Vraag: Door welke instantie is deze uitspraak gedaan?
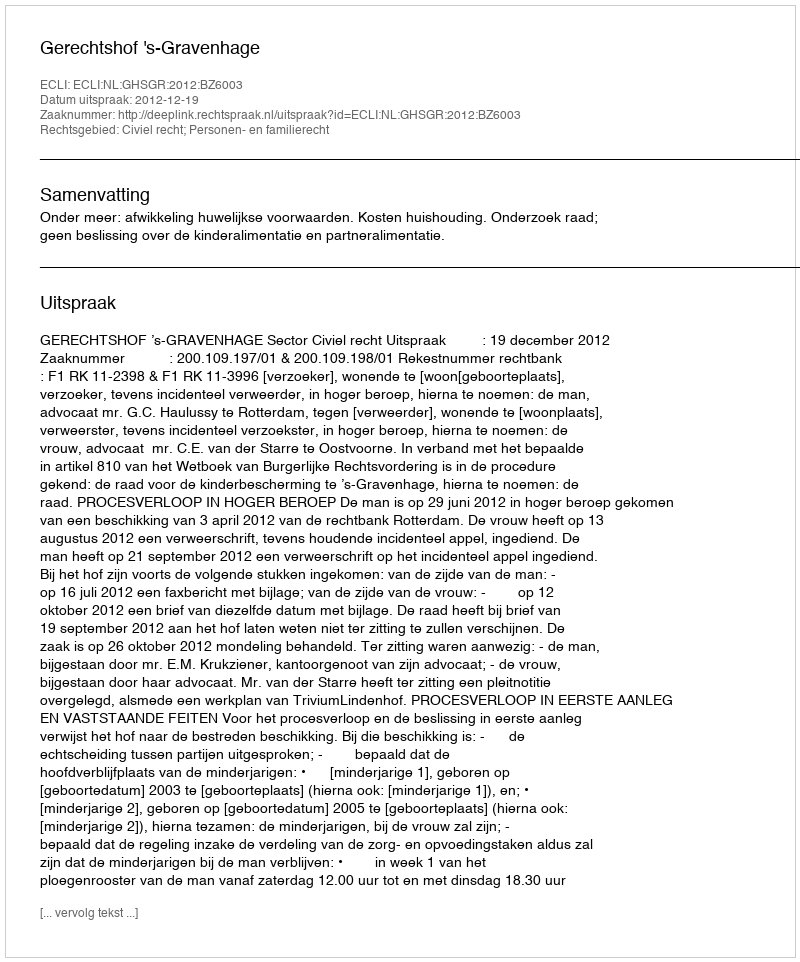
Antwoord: Gerechtshof 's-Gravenhage